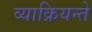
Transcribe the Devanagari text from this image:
व्याक्रियन्ते